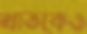
খাতকেও